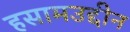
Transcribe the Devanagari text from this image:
हसामउद्दीन